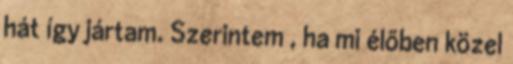
hát így jártam. Szerintem , ha mi élőben közel